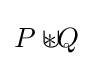
P\cup \!\!\!\!\!*Q